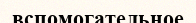
вспомогательное